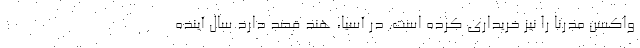
واکسن مدرنا را نیز خریداری کرده است. در آسیا، هند قصد دارد سال آینده